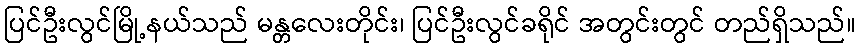
ပြင်ဦးလွင်မြို့နယ်သည် မန္တလေးတိုင်း၊ ပြင်ဦးလွင်ခရိုင် အတွင်းတွင် တည်ရှိသည်။